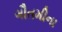
ગૌતમીના